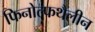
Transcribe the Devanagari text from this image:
फिनोल्फथैलीन